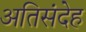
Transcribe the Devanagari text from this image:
अतिसंदेह